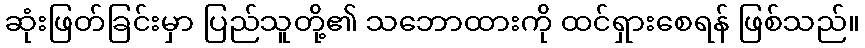
ဆုံးဖြတ်ခြင်းမှာ ပြည်သူတို့၏ သဘောထားကို ထင်ရှားစေရန် ဖြစ်သည်။